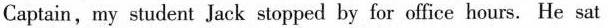
Captain,my student Jack stopped byfor office hours. He sat